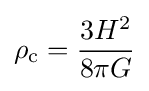
\rho _{\text{c}}={\frac {3H^{2}}{8\pi G}}